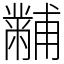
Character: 黼